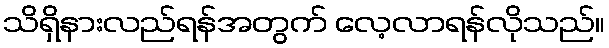
သိရှိနားလည်ရန်အတွက် လေ့လာရန်လိုသည်။